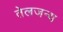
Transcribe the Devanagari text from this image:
तेलजन्य